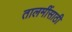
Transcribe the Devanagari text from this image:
तालमींसाठी